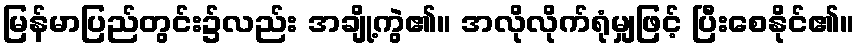
မြန်မာပြည်တွင်း၌လည်း အချို့ကွဲ၏။ အလိုလိုက်ရုံမျှဖြင့် ပြီးစေနိုင်၏။